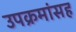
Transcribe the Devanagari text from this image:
उपक्रमांसह